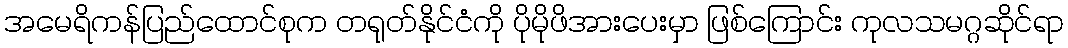
အမေရိကန်ပြည်ထောင်စုက တရုတ်နိုင်ငံကို ပိုမိုဖိအားပေးမှာ ဖြစ်ကြောင်း ကုလသမဂ္ဂဆိုင်ရာ